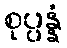
စုပ္ပန္နံ